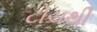
ટોચથી